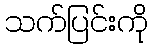
သက်ပြင်းကို